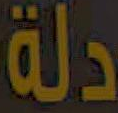
دلة